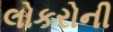
લોકરોની